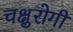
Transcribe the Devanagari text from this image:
चक्षुरोगी